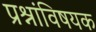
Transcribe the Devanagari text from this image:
प्रश्नांविषयक